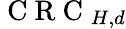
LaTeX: \mathrm{~C~R~C~}_{H,d}